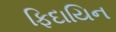
ફિદાયિન